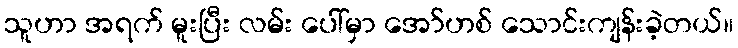
သူဟာ အရက် မူးပြီး လမ်း ပေါ်မှာ အော်ဟစ် သောင်းကျန်းခဲ့တယ်။